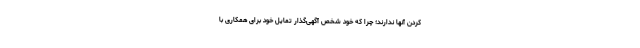
کردن آنها ندارند؛ چرا که خود شخص آگهی‌گذار تمایل خود برای همکاری با